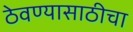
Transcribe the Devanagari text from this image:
ठेवण्यासाठीचा